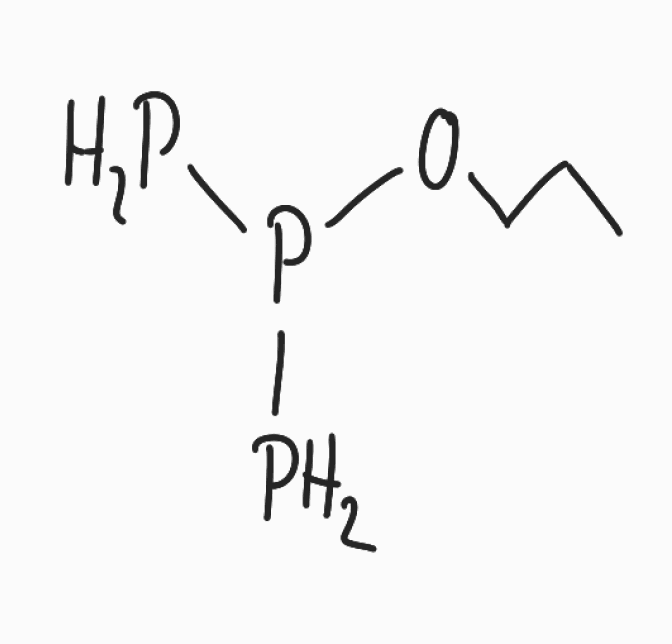
Simplified molecular-input line-entry system (SMILES) notation of the given molecule:
CCCOP(P)P